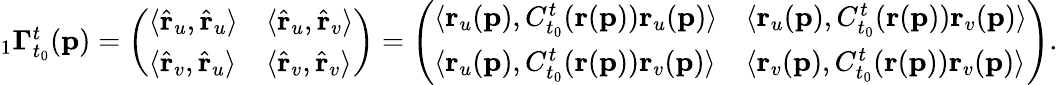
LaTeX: \begin{array}{r}{{}_{1}\mathbf{\Gamma}_{t_{0}}^{t}(\mathbf{p})=\left(\begin{array}{ll}{\langle\hat{\mathbf{r}}_{u},\hat{\mathbf{r}}_{u}\rangle}&{\langle\hat{\mathbf{r}}_{u},\hat{\mathbf{r}}_{v}\rangle}\\ {\langle\hat{\mathbf{r}}_{v},\hat{\mathbf{r}}_{u}\rangle}&{\langle\hat{\mathbf{r}}_{v},\hat{\mathbf{r}}_{v}\rangle}\end{array}\right)=\left(\begin{array}{ll}{\langle\mathbf{r}_{u}(\mathbf{p}),C_{t_{0}}^{t}(\mathbf{r}(\mathbf{p}))\mathbf{r}_{u}(\mathbf{p})\rangle}&{\langle\mathbf{r}_{u}(\mathbf{p}),C_{t_{0}}^{t}(\mathbf{r}(\mathbf{p}))\mathbf{r}_{v}(\mathbf{p})\rangle}\\ {\langle\mathbf{r}_{u}(\mathbf{p}),C_{t_{0}}^{t}(\mathbf{r}(\mathbf{p}))\mathbf{r}_{v}(\mathbf{p})\rangle}&{\langle\mathbf{r}_{v}(\mathbf{p}),C_{t_{0}}^{t}(\mathbf{r}(\mathbf{p}))\mathbf{r}_{v}(\mathbf{p})\rangle}\end{array}\right).}\end{array}